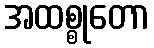
အထစ္စုတော